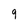
Character: 9